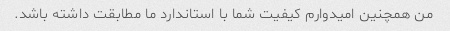
من همچنین امیدوارم کیفیت شما با استاندارد ما مطابقت داشته باشد.